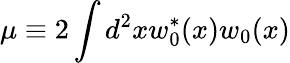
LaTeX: \mu\equiv 2\int d^{2}xw_{0}^{*}(x)w_{0}(x)